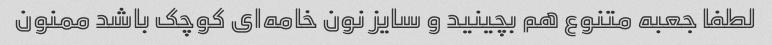
لطفا جعبه متنوع هم بچینید و سایز نون خامه‌ای کوچک باشد ممنون